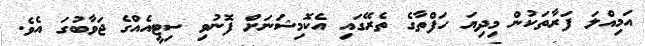
އަމިއްލަ ފަރާތަކުން މިދިޔަ ހަފްތާގެ ތެރޭގައި އެކޮމިޝަނަށް ފޮނުވި ސިޓީއެއްގެ ޖަވާބުގަ އެވެ.